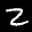
Label: 2